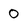
Character: 0